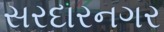
સરદારનગર